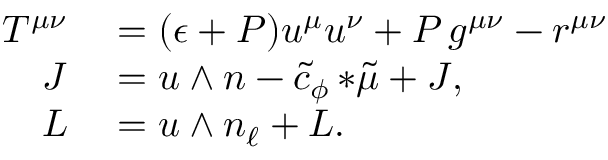
\begin{array} { r l } { T ^ { \mu \nu } } & { { } = ( \epsilon + P ) u ^ { \mu } u ^ { \nu } + P \, g ^ { \mu \nu } - r ^ { \mu \nu } } \\ { J } & { { } = u \wedge n - \tilde { c } _ { \phi } \, { * \tilde { \mu } } + { \cal J } , } \\ { L } & { { } = u \wedge n _ { \ell } + { \cal L } . } \end{array}